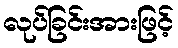
လုပ်ခြင်းအားဖြင့်